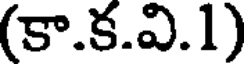
(కా.క.వి.1)